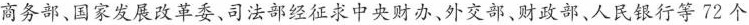
商务部、国家发展改革委、司法部经征求中央财办、外交部、财政部、人民银行等72个